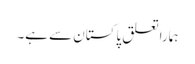
ہماراتعلق پاکستان سے ہے۔